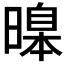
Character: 𣊊